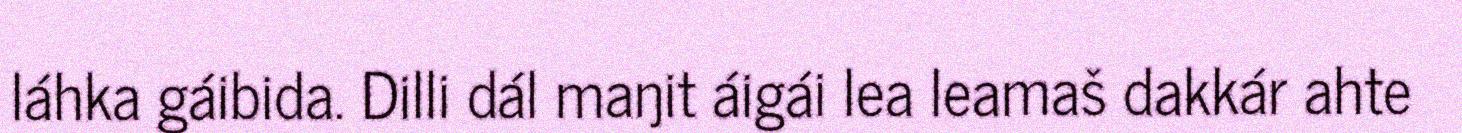
láhka gáibida. Dilli dál maŋit áigái lea leamaš dakkár ahte